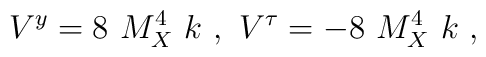
V^y = 8 ~M_X^4~ k~,~ V^{\tau} = - 8~M_X^4~ k~,~\,